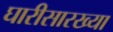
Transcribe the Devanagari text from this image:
घारीसारख्या